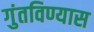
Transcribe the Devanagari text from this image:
गुंतविण्यास